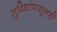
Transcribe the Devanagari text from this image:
सुविधांपासूनही